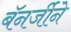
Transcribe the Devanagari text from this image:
बॅनर्जीने